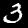
Digit: 3